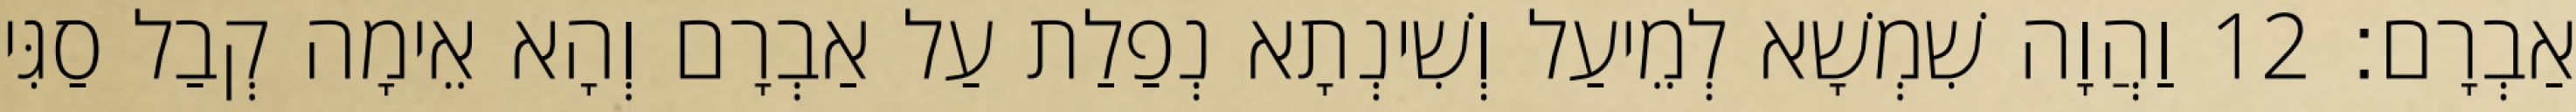
אַבְרָם׃ 12 וַהֲוָה שִׁמְשָׁא לְמֵיעַל וְשִׁינְתָא נְפַלַת עַל אַבְרָם וְהָא אֵימָה קְבַל סַגִּי